Report of the Indian Hemp Drugs Commission, 1894-1895 - Volume VIII
Year: 1894
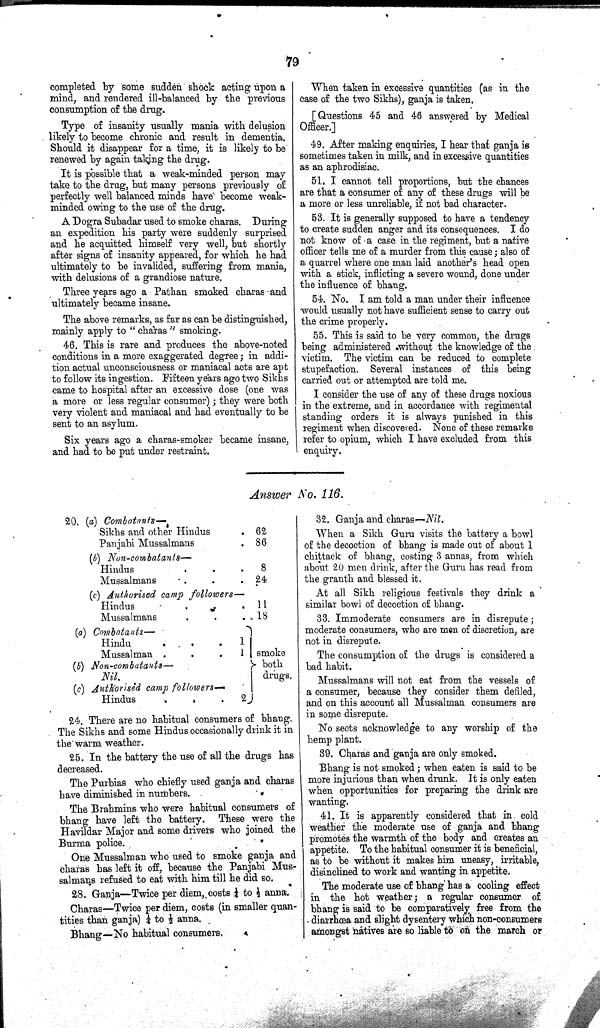
79
completed by some sudden shock acting upon a
mind, and rendered ill-balanced by the previous
consumption of the drug.
Type of insanity usually mania with delusion
likely to become chronic and result in dementia.
Should it disappear for a time, it is likely to be
renewed by again taking the drug.
It is possible that a weak-minded person may
take to the drug, but many persons previously of
perfectly well balanced minds have become weak-
minded owing to the use of the drug.
A Dogra Subadar used to smoke charas. During
an expedition his party were suddenly surprised
and he acquitted himself very well, but shortly
after signs of insanity appeared, for which he had
ultimately to be invalided, suffering from mania,
with delusions of a grandiose nature.
Three years ago a Pathan smoked charas and
ultimately became insane.
The above remarks, as far as can be distinguished,
mainly apply to "charas" smoking.
46. This is rare and produces the above-noted
conditions in a more exaggerated degree; in addi-
tion actual unconsciousness or maniacal acts are apt
to follow its ingestion. Fifteen years ago two Sikhs
came to hospital after an excessive dose (one was
a more or less regular consumer); they were both
very violent and maniacal and had eventually to be
sent to an asylum.
Six years ago a charas-smoker became insane,
and had to be put under restraint.
When taken in excessive quantities (as in the
case of the two Sikhs), ganja is taken.
[Questions 45 and 46 answered by Medical
Officer.]
49. After making enquiries, I hear that ganja is
sometimes taken in milk, and in excessive quantities
as an aphrodisiac.
51. I cannot tell proportions, but the chances
are that a consumer of any of these drugs will be
a more or less unreliable, if not bad character.
53. It is generally supposed to have a tendency
to create sudden anger and its consequences. I do
not know of a case in the regiment, but a native
officer tells me of a murder from this cause; also of
a quarrel where one man laid another's head open
with a stick, inflicting a severe wound, done under
the influence of bhang.
54. No. I am told a man under their influence
would usually not have sufficient sense to carry out
the crime properly.
55. This is said to be very common, the drugs
being administered without the knowledge of the
victim. The victim can be reduced to complete
stupefaction. Several instances of this being
carried out or attempted are told me.
I consider the use of any of these drugs noxious
in the extreme, and in accordance with regimental
standing orders it is always punished in this
regiment when discovered. None of these remarks
refer to opium, which I have excluded from this
enquiry.
Answer No. 116.
20. (a) Combatants—
Sikhs and other Hindus
62
Panjabi Mussalmans
86
(b) Non-combatants—
8
Hindus
Mussalmans
24
(c) Authorised camp followers
Hindus
11
Mussalmans
18
Combatants—
Hindu
1
Mussalman
1 smoke
both
drugs.
Non-combatants—
smoke
both
drugs.
Nil.
smoke
both
drugs.
Authorised camp followers—
Hindus
2
24. There are no habitual consumers of bhang.
The Sikhs and some Hindus occasionally drink it in
the warm weather.
25. In the battery the use of all the drugs has
decreased.
The Purbias who chiefly used ganja and charas
have diminished in numbers.
The Brahmins who were habitual consumers of
bhang have left the battery. These were the
Havildar Major and some drivers who joined the
Burma police.
One Mussalman who used to smoke ganja and
charas has left it off, because the Panjabi Mus-
salmans refused to eat with him till he did so.
28. Ganja—Twice per diem, costs 1/4 to 1/2 anna.
Charas—Twice per diem, costs (in smaller quan-
tities than ganja) 1/4 to 1/2 anna.
Bhang—No habitual consumers.
32. Ganja and charas—Nil.
When a Sikh Guru visits the battery a bowl
of the decoction of bhang is made out of about 1
chittack of bhang, costing 3 annas, from which
about 20 men drink, after the Guru has read from
the grafth and blessed it.
At all Sikh religious festivals they drink a
similar bowl of decoction of bhang.
33. Immoderate consumers are in disrepute;
moderate consumers, who are men of discretion, are
not in disrepute.
The consumption of the drugs is considered a
bad habit.
Mussalmans will not eat from the vessels of
a consumer, because they consider them defiled,
and on this account all Mussalman consumers are
in some disrepute.
No sects acknowledge to any worship of the
hemp plant.
39. Charas and ganja are only smoked.
Bhang is not smoked; when eaten is said to be
more injurious than when drunk. It is only eaten
when opportunities for preparing the drink are
wanting.
41. It is apparently considered that in cold
weather the moderate use of ganja and bhang
promotes the warmth of the body and creates an
appetite. To the habitual consumer it is beneficial,
as to be without it makes him uneasy, irritable,
disinclined to work and wanting in appetite.
The moderate use of bhang has a cooling effect
in the hot weather; a regular consumer of
bhang is said to be comparatively free from the
diarrhœa and slight dysentery which non-consumers
amongst natives are so liable to on the march or